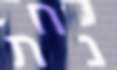
נחת